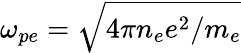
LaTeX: \omega_{pe}=\sqrt{4\pi n_{e}e^{2}/m_{e}}